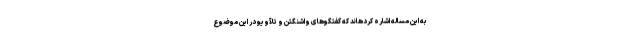
به این مساله اشاره کردهاند که گفتگوهای واشنگتن و تلآویو در این موضوع